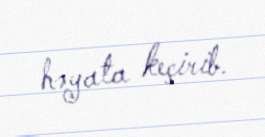
həyata keçirib.